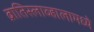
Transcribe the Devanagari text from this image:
ब्रातिस्लाव्हालामध्ये